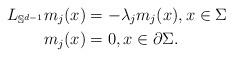
LaTeX: \begin{align*} L_{\mathbb{S}^{d-1}}m_j(x)&=-\lambda_jm_j(x),x\in \Sigma\\ m_j(x)&=0, x\in \partial \Sigma .\end{align*}